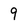
Character: 9